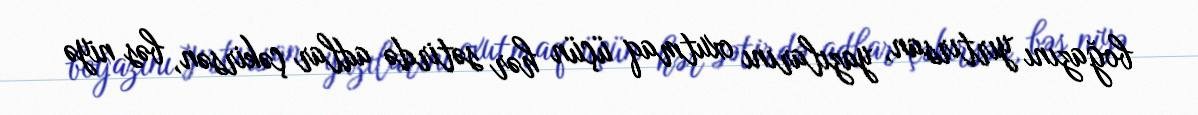
boğazını yırtırsan, yazılarını oxutmaq üçün hər sətirdə adlar çəkirsən, bəs niyə